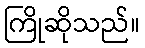
ကြိုဆိုသည်။